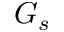
G _ { s }